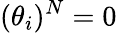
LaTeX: (\theta_{i})^{N}=0